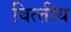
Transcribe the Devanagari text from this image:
वित्त्तीय